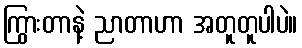
ကြွားတာနဲ့ ညာတာဟာ အတူတူပါပဲ။